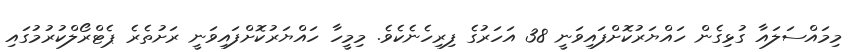
މިމައްސަލައާ ގުޅިގެން ހައްޔަރުކޮށްފައިވަނީ 38 އަހަރުގެ ފިރިހެނެކެވެ. މިމީހާ ހައްޔަރުކޮށްފައިވަނީ ރަށުތެރެ ޕެޓްރޯލްކުރުމުގައި